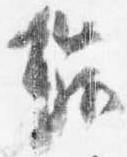
穢